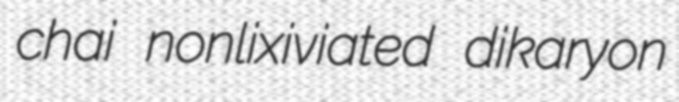
chai nonlixiviated dikaryon